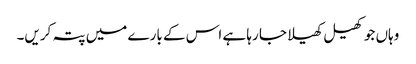
وہاں جو کھیل کھیلا جا رہا ہے اس کے بارے میں پتہ کریں۔